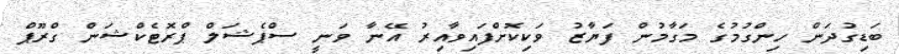
ބަޑިގުދަން ހިންގުމުގެ މަގާމުން ފަޔާޒު ވަކިކޮށްފައިވާއިރު އޭނާ ވަނީ ސްޕެޝަލް ޕްރޮޓެކްޝަން ގްރޫޕް